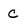
Character: C